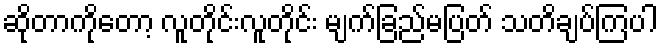
ဆိုတာကိုတော့ လူတိုင်းလူတိုင်း မျက်ခြည်မပြတ် သတိချပ်ကြပါ